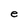
Character: e